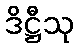
ဒိဋ္ဌီသု